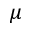
\mu